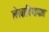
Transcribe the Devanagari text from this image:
लेखाविभागात